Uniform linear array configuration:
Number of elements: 32
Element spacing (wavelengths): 0.5
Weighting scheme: exponential
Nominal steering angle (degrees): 15
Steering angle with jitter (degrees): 16.068
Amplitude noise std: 0.05
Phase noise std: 0.05

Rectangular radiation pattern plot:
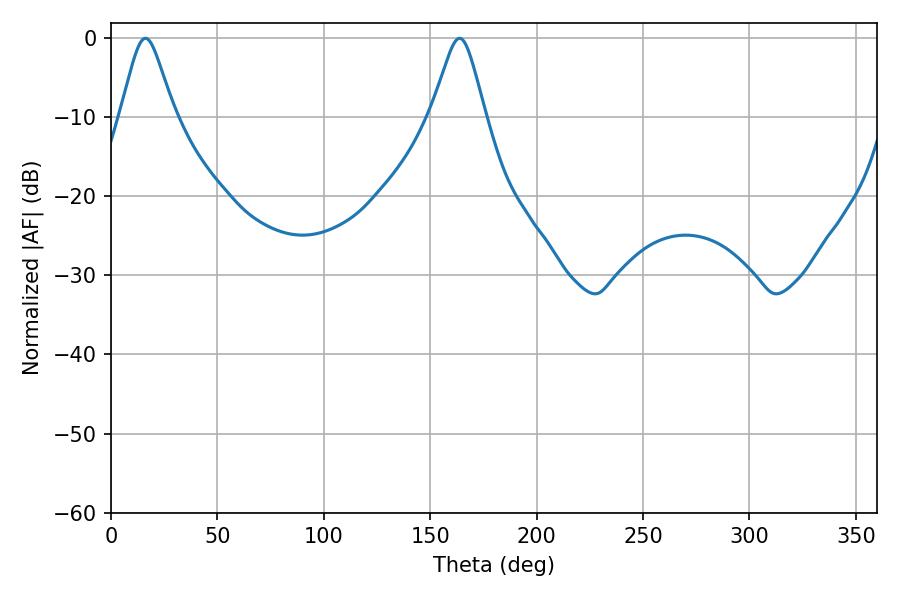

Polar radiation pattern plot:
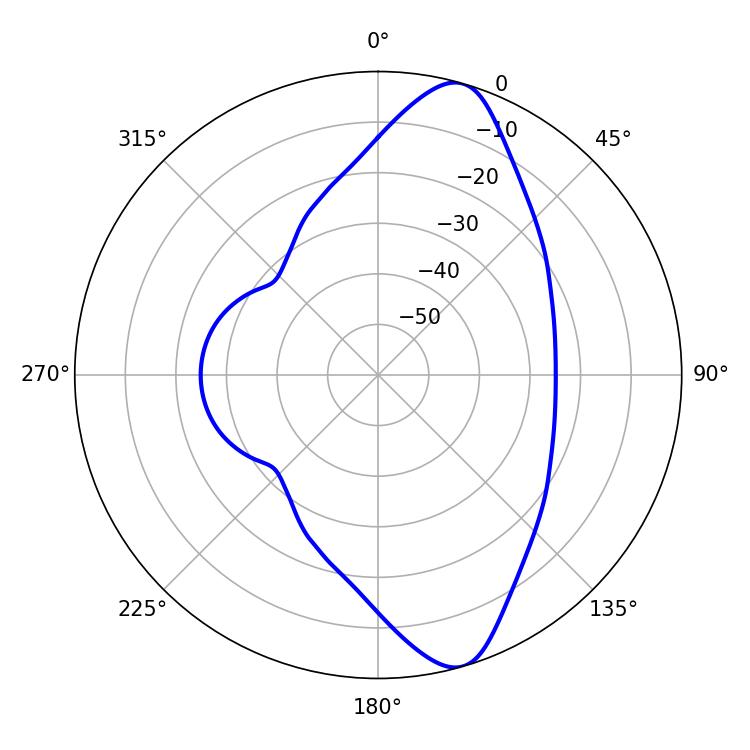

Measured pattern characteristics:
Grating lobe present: FALSE
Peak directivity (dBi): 11.01
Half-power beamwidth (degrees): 12.06
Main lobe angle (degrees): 16.2